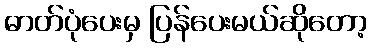
ဓာတ်ပုံပေးမှ ပြန်ပေးမယ်ဆိုတော့